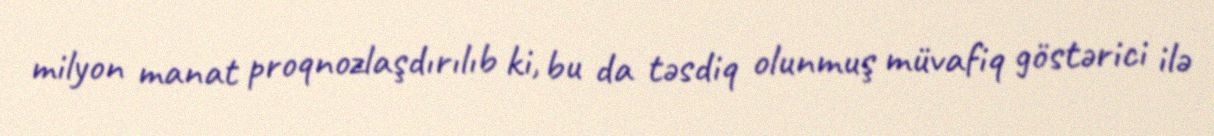
milyon manat proqnozlaşdırılıb ki, bu da təsdiq olunmuş müvafiq göstərici ilə